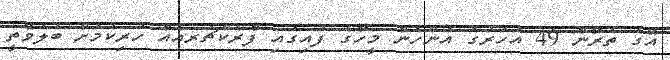
އޭގެ ތެރޭން 49 އަހަރުގެ އަންހެން މީހާގެ ފަައިގައި ފްރެކްޗަރއެއް ހުރިކަމަށް ބެލެވޭތީ